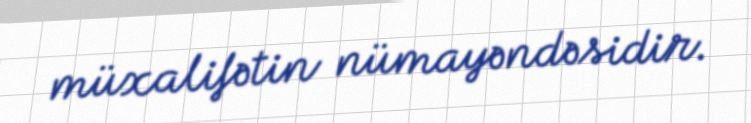
müxalifətin nümayəndəsidir.